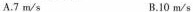
A.7m/s B.10m/s